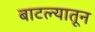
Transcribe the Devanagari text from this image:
बाटल्यातून